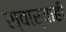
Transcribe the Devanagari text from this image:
स्वाऱ्याही